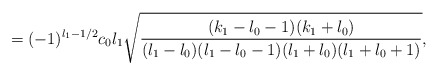
\begin{align*}=(-1)^{l_{1}-1/2} c_{0}l_{1} \sqrt{\frac{(k_{1}-l_{0}-1)(k_{1}+l_{0})}{(l_{1}-l_{0})(l_{1}-l_{0}-1) (l_{1}+l_{0}) (l_{1}+l_{0}+1)}},\end{align*}